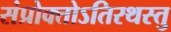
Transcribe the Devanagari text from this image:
संप्रोक्तोऽतिरथस्तु